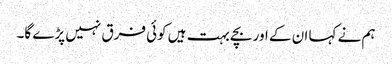
ہم نے کہا ان کے اور بچے بہت ہیں کوئی فرق نہیں پڑے گا۔